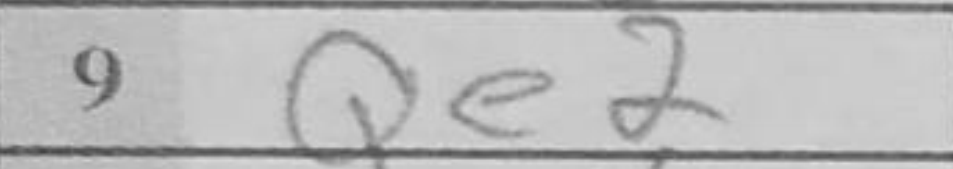
Transcription: Qe2